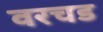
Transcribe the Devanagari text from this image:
वरचड